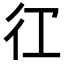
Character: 𭛝